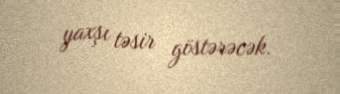
yaxşı təsir göstərəcək.